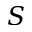
S